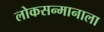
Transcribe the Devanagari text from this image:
लोकसन्मानाला